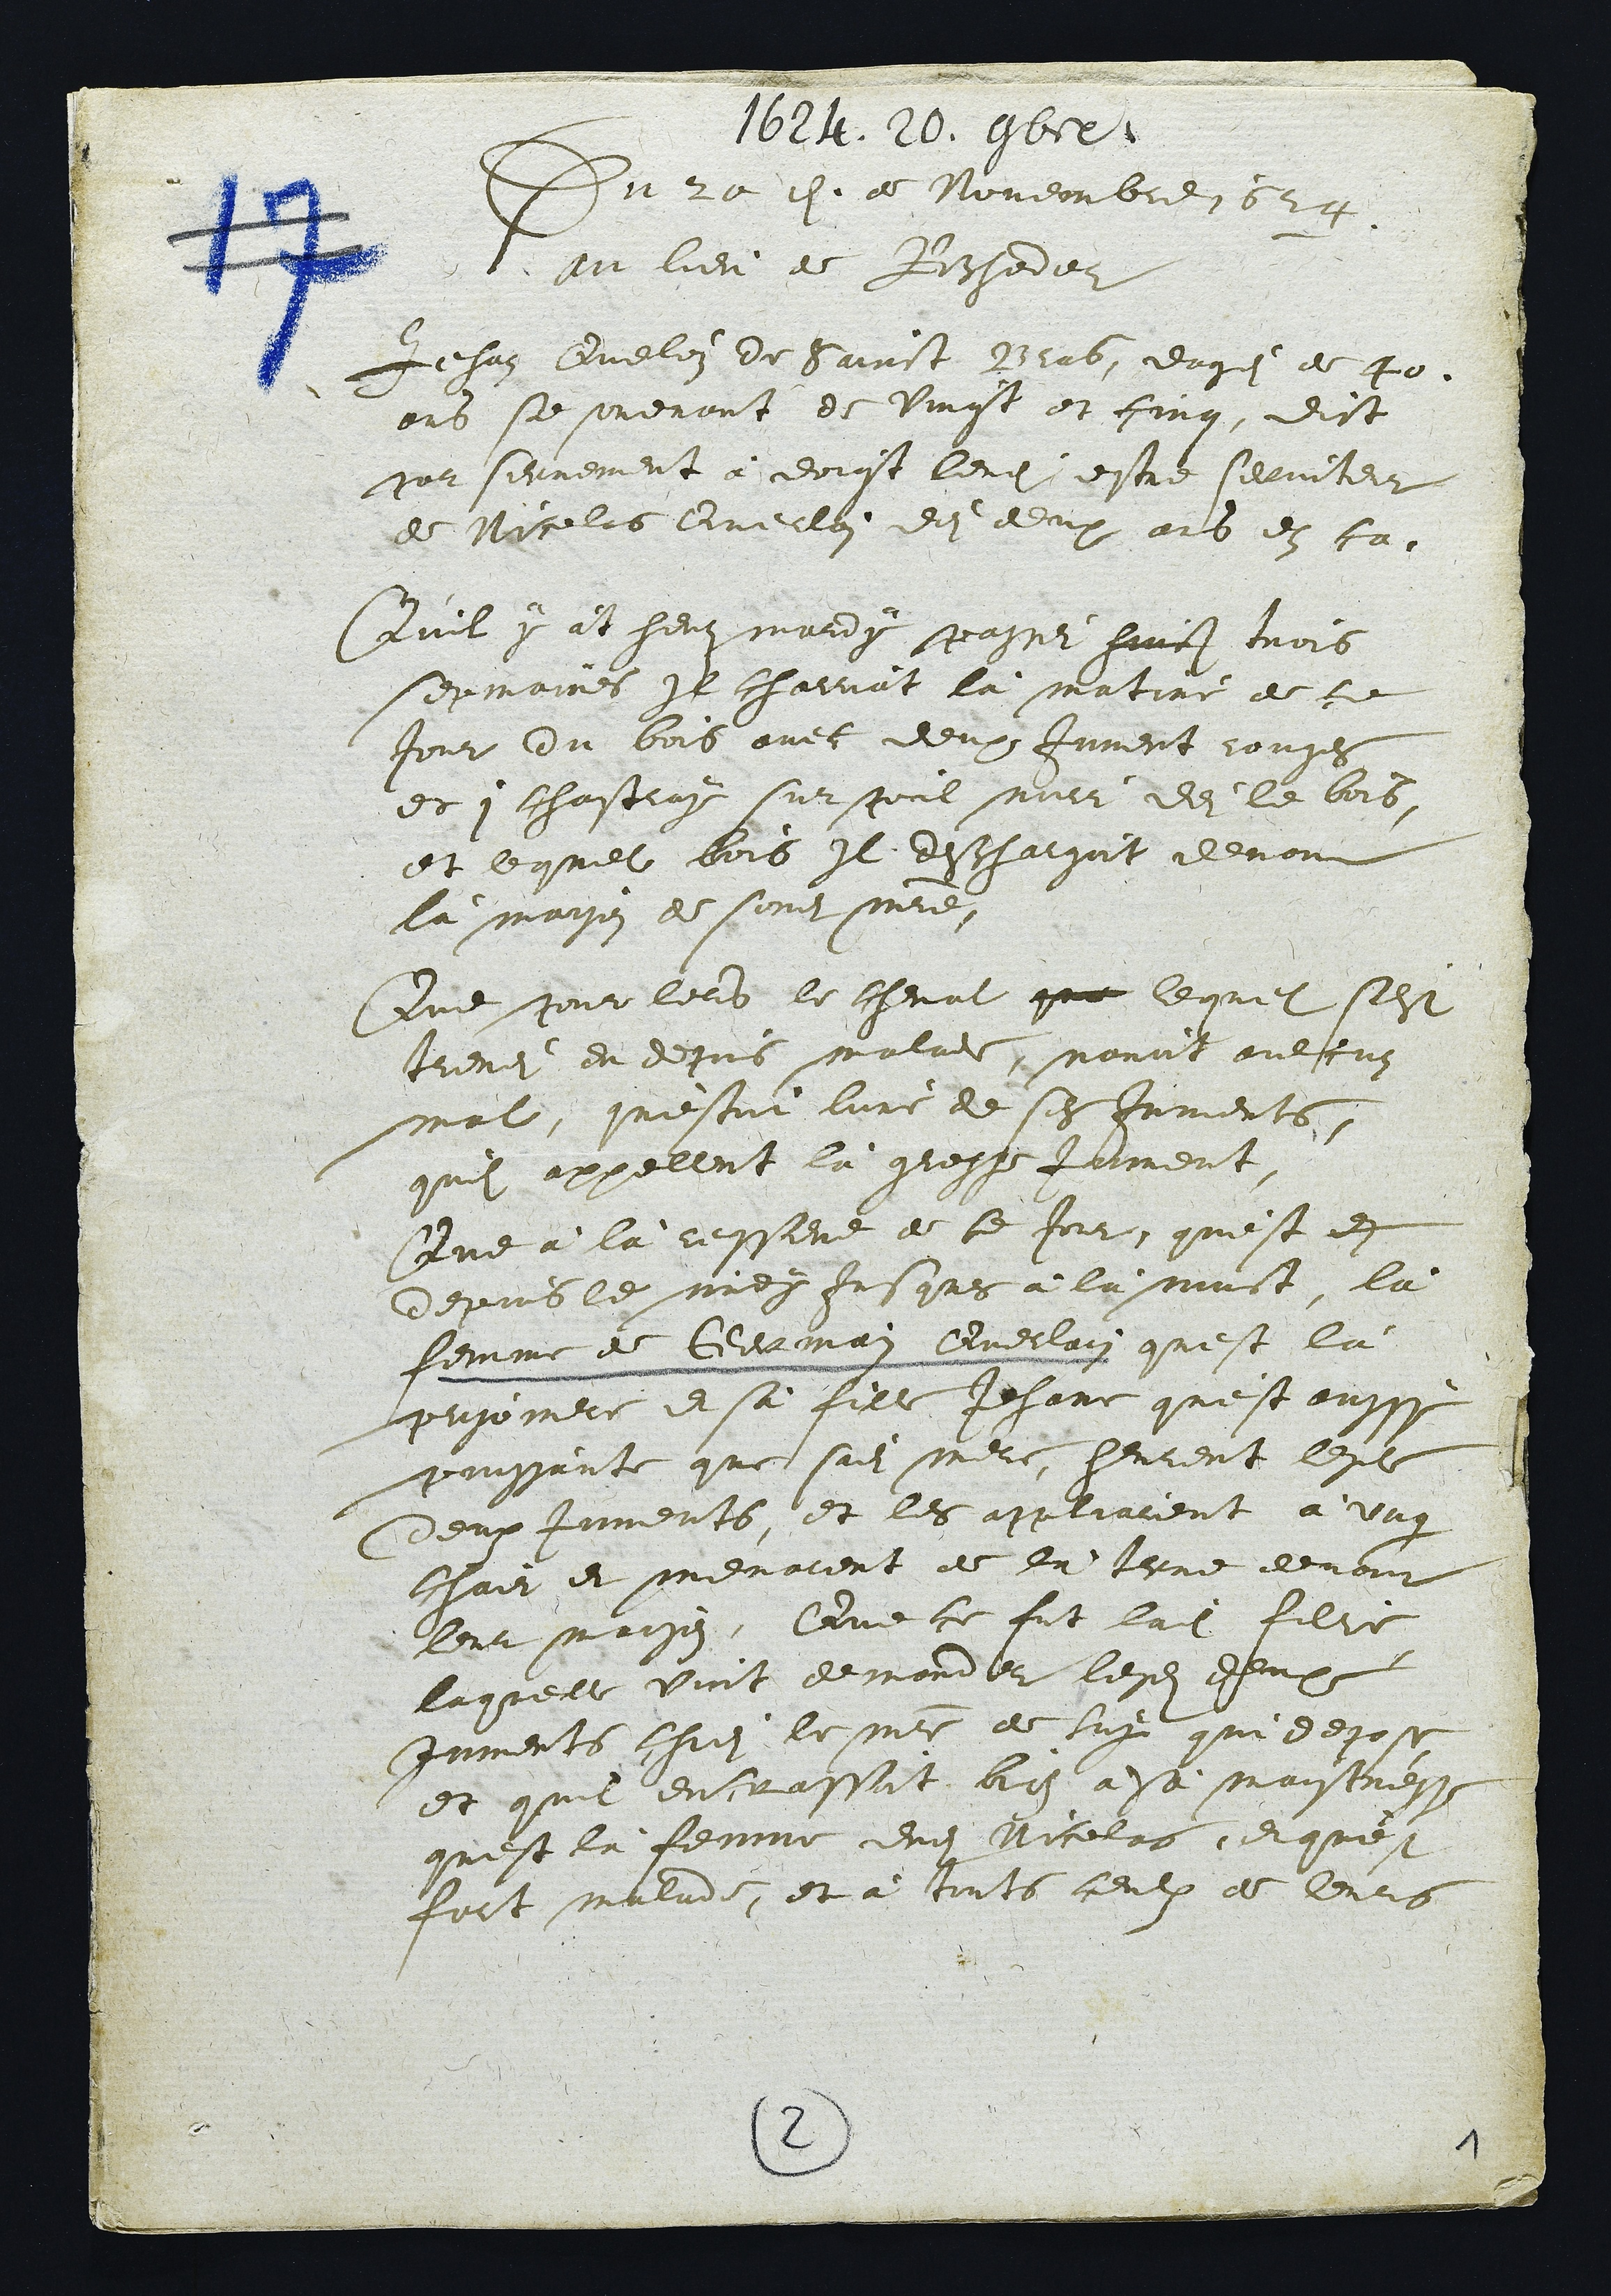
1624. 20. 9bre
Du 20eme. de Novembre 1624.
au lieu de Rochedor

Jehan Queloz de Sainct Bras, eagé de 40.
ans se sovenant de Vingt et cinq, dict
par serrement à doigt levé estre serviteur
de Nicolas Querlain dei deux ans en ca.
Qu'il y àt heut mardy passei huict trois
sepmaines Il charriot là matiné de ce
Jour du bois avec deux Jument rouges
et 1 Chastray sur poil noier dei le bois,
et lequel bois Il deschargoit devant
là maison de sondit maitre.
Que pour lors le cheval que lequel s'est
treuvei du depuis malade, navoit aulcun
mal, qu'estoit l'une de ses Juments,
quil appellent là grosse Jument.
Que à là ressere   de ce Jour, qu'est en
depuis le midy Jusques à là nuict, là
femme de Germain Querlain quest là
prisoniere et sa fille Jehane qu'est aussy
puissante que sadite mere, heurent lesdites
deux Juments, et les appliarent à ung
Char et menarent de là jusque devant
leur maison. Que ce fut ladite fille,
laquelle vint demander lesdits deux
Juments chei le maitre de lui qui depose,
et quil entrassoit bien à sà maistresse
quest là femme dudit Nicolas, et qu'est
fort malade, et à touts ceulx de leurs

2
1